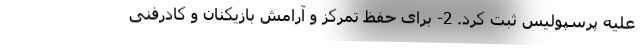
علیه پرسپولیس ثبت کرد. 2- برای حفظ تمرکز و آرامش بازیکنان و کادرفنی